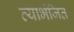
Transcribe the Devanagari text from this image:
व्याभंजित